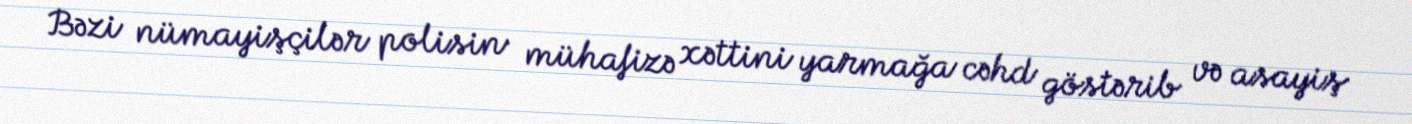
Bəzi nümayişçilər polisin mühafizə xəttini yarmağa cəhd göstərib və asayiş